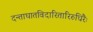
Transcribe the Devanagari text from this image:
दन्ताघातविदारितारिरुधिरैः